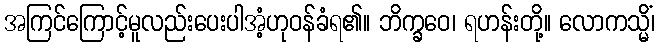
အကြင်ကြောင့်မူလည်းပေးပါအံ့ဟုဝန်ခံရ၏။ ဘိက္ခဝေ၊ ရဟန်းတို့။ လောကသ္မိံ၊